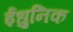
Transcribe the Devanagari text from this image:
ईधुनिक